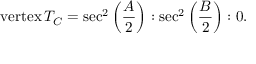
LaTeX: { \mathrm { v e r t e x } } \, T _ { C } = \sec ^ { 2 } \left( { \frac { A } { 2 } } \right) : \sec ^ { 2 } \left( { \frac { B } { 2 } } \right) : 0 .